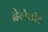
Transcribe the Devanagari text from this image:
द्वेलेटीट